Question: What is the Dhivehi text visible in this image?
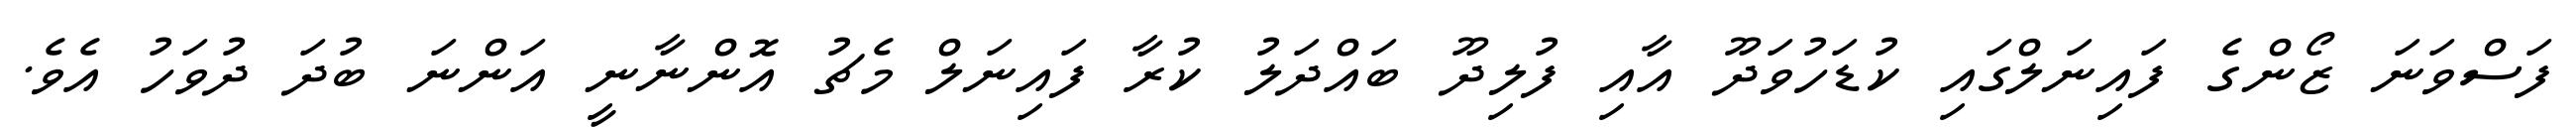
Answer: ފަސްވަނަ ޒޯންގެ ފައިނަލްގައި ކުޑަހުވަދޫ އާއި ފުލިދޫ ބައްދަލު ކުރާ ފައިނަލް މެޗު އޮންނާނީ އަންނަ ބުދަ ދުވަހު އެވެ.